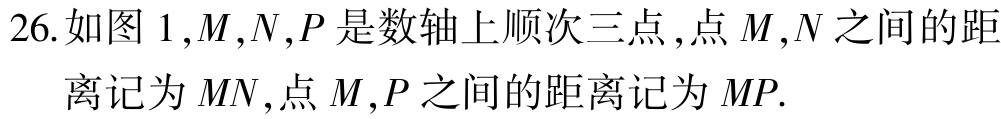
26.如图 1,$M,N,P$是数轴上顺次三点 ,点$M,N$之间的距
离记为$MN$,点$M,P$之间的距离记为$MP$.